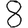
Digit: 8